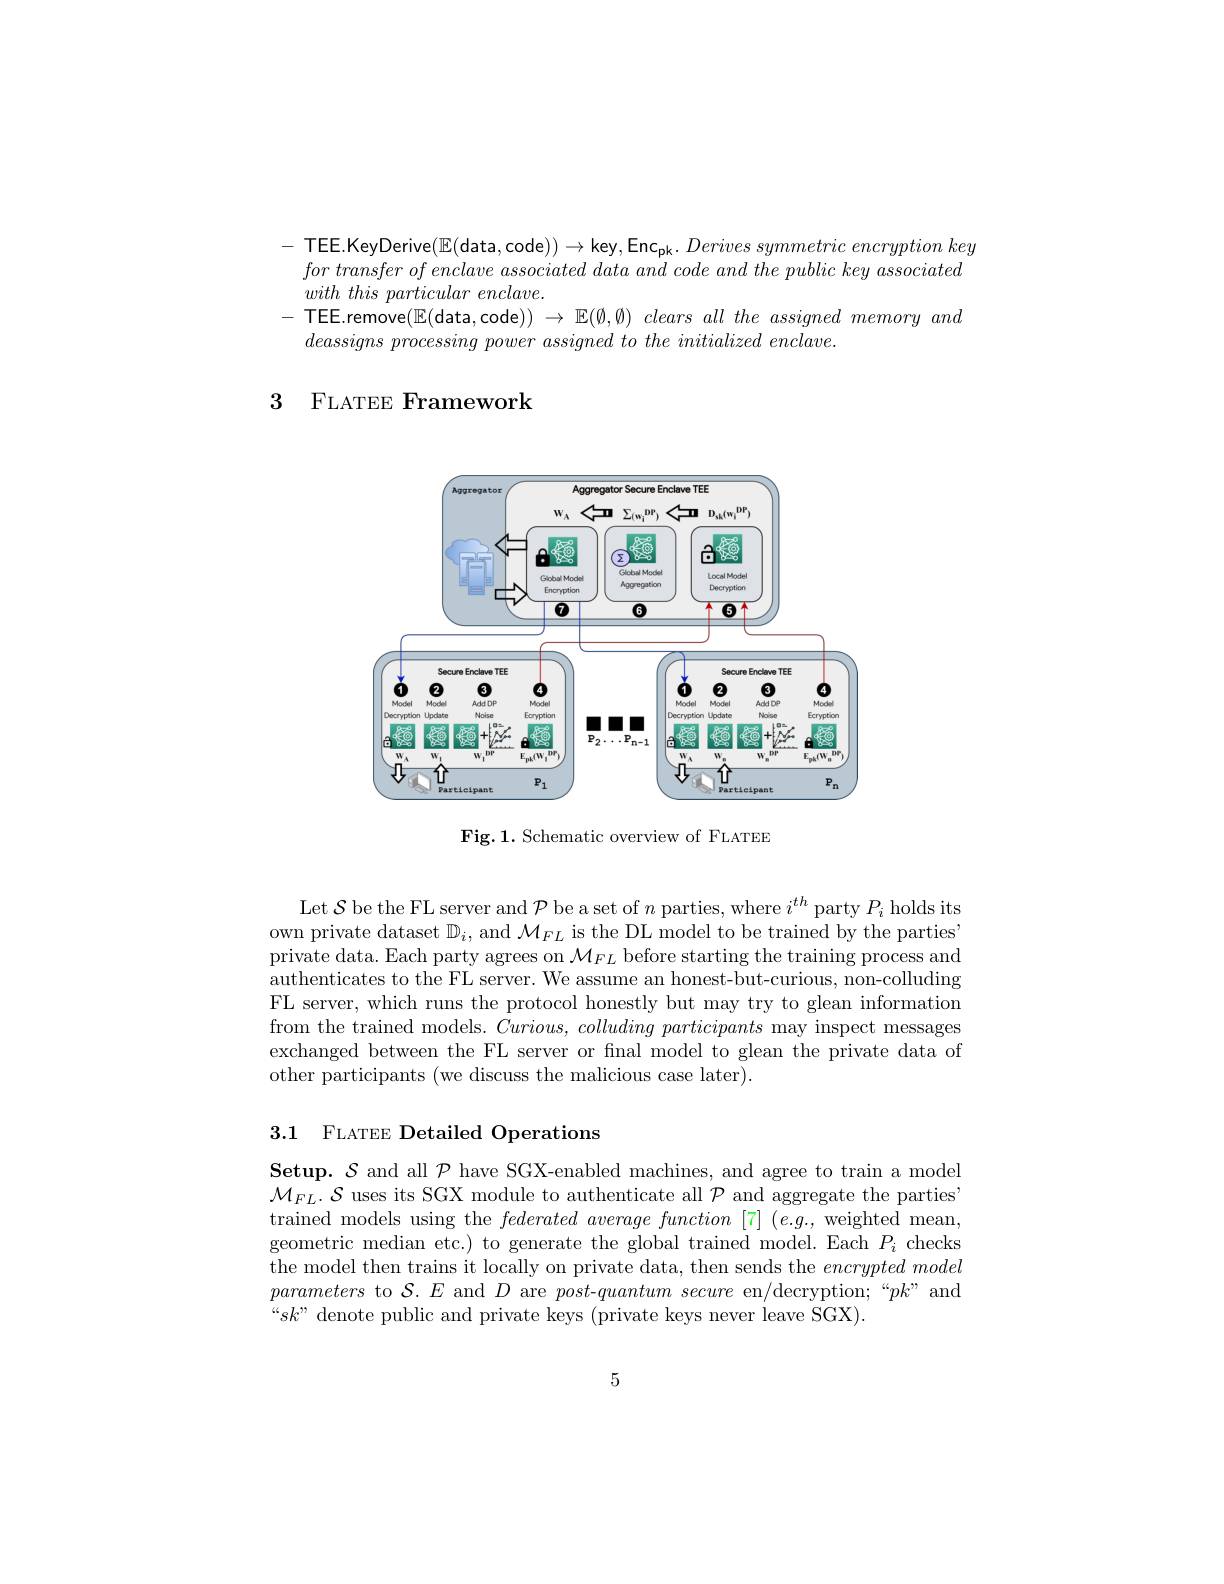
TEE.KeyDerive$(\mathbb{E}($data,code$))\to$key,Enc$_\mathrm{pk}. \textit{ Derives symmetric encryption key}$ $for\textit{ transfer of enclave associated data and code and the public key associated}$ $with\textit{ this particular enclave}.$
- TEEE.remove($\mathbb{E}($data,code)) $\to$ $\mathbb{E} ( \emptyset , \emptyset ) \textit{ clears all the assigned memory and}$
$deassigns\textit{ processing power assigned to the initialized enclave. }$

3 FLATEE Framework

<FigureHere>

Fig.1. Schematic overview of FLATEE

Let $\mathcal{S}$ be the FL server and $\mathcal{P}$ be a set of $n$ parties, where $i^th$ party $P_i$ holds its own private dataset $\mathbb{D}_i$, and $\mathcal{M}_FL$ is the DL model to be trained by the partiesi private data. Each party agrees on $\mathcal{M}_FL$ before starting the training process and $\bar{\text{authenticates to the FL server. We assume an honest-but-curious, non-colluding}}$ FL server, which runs the protocol honestly but may try to glean information from the trained models. $\bar{Curious},colludingparticipants$ may inspect messages exchanged between the FL server or final model to glean the private data of other participants (we discuss the malicious case later).

### 3.1 FLATEE Detailed Operations

Setup. $\mathcal{S}$ and all $\mathcal{P}$ have SGX-enabled machines, and agree to train a model ${\mathcal{M}_{FL}.}S$ uses its SGX module to authenticate all $\mathcal{P}$ and aggregate the parties" trained models using the federated average function [7] (e.g.,weighted mean, geometric median etc.) to generate the global trained model. Each $P_i$ checks the model then trains it locally on private data, then sends the encrypted model parameters to $\mathcal{S}.E$ and $D$ are $post- quantum\textit{ secure en}/$decryption;“$pk"$and “$sk”$ denote public and private keys (private keys never leave SGX).

5